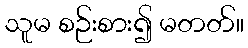
သူမ စဉ်းစား၍ မတတ်။